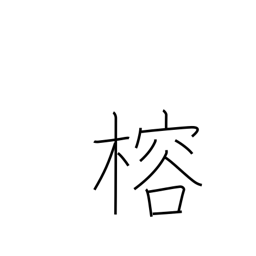
Meaning: evergreen mulberry